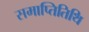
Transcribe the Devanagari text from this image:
समाप्तितिथि